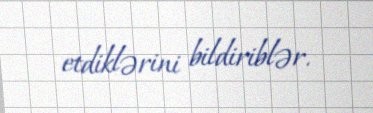
etdiklərini bildiriblər.